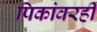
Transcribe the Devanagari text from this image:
पिकांवरही